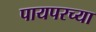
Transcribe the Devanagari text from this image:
पायपरच्या